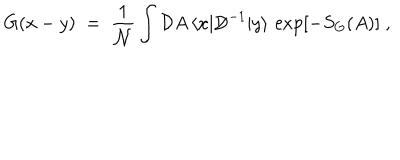
LaTeX: G ( x - y ) \; = \; \frac { 1 } { { \mathcal N } } \int { \mathcal D } A \, \langle x | { \not \! \! D } ^ { - 1 } | y \rangle \, \exp [ - S _ { G } ( A ) ] \; ,